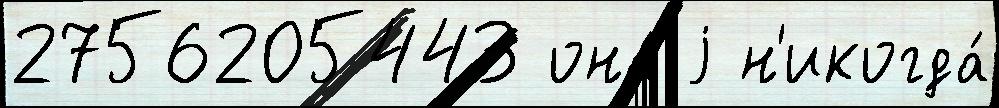
2756205443 она́ j н'икогда́